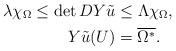
LaTeX: \begin{align*} \lambda\chi_{\Omega} \leq \det DY\tilde{u} &\leq \Lambda\chi_{\Omega} ,\\ Y\tilde{u}(U) &= \overline{\Omega^*}.\end{align*}